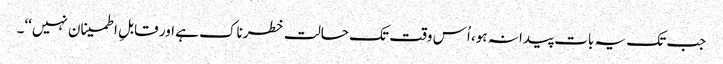
جب تک یہ بات پیدا نہ ہو، اُس وقت تک حالت خطرناک ہے اور قابلِ اطمینان نہیں‘‘۔